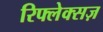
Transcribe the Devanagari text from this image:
रिफ्लेक्सज़